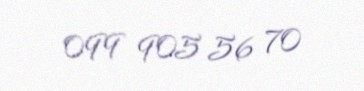
099 905 56 70